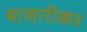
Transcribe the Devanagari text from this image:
बाज़ारीकर